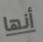
أنها